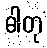
ဓါတု